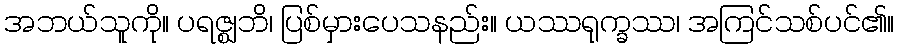
အဘယ်သူကို။ ပရဇ္ဈဘိ၊ ပြစ်မှားပေသနည်း။ ယဿရုက္ခဿ၊ အကြင်သစ်ပင်၏။